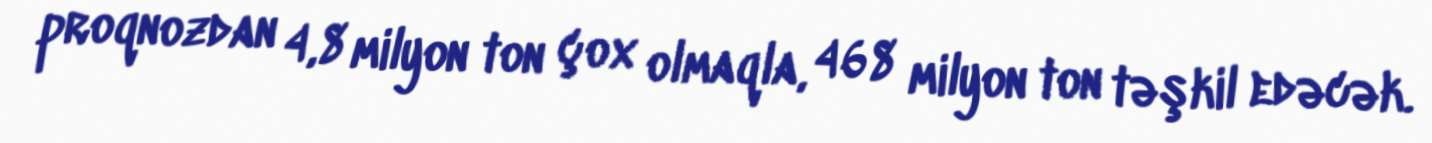
proqnozdan 4,8 milyon ton çox olmaqla, 468 milyon ton təşkil edəcək.